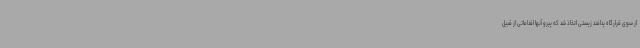
از سوی قرارگاه پدافند زیستی اتخاذ شد که پیرو آنها اقداماتی از قبیل